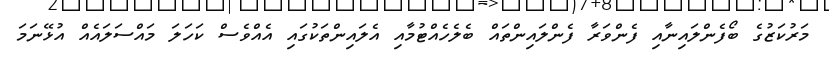
މަރުކަޒުގެ ބޯފެންލައިނާއި ފެންވަރާ ފެންލައިންތައް ބެލެހެއްޓުމާއި އެލައިންތަކުގައި އެއްވެސް ކަހަލަ މައްސަލައެއް އުޅޭނަމަ